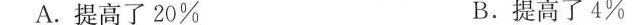
A.提高了20% B.提高了4%